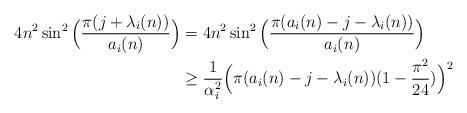
LaTeX: \begin{align*}4n^2\sin^2\Big(\frac{\pi(j+\lambda_i(n))}{a_i(n)}\Big)&=4n^2\sin^2\Big(\frac{\pi(a_i(n)-j-\lambda_i(n))}{a_i(n)}\Big)\\&\geq \frac{1}{\alpha_i^2}\Big(\pi (a_i(n)-j-\lambda_i(n)) (1-\frac{\pi^2}{24})\Big)^2\end{align*}